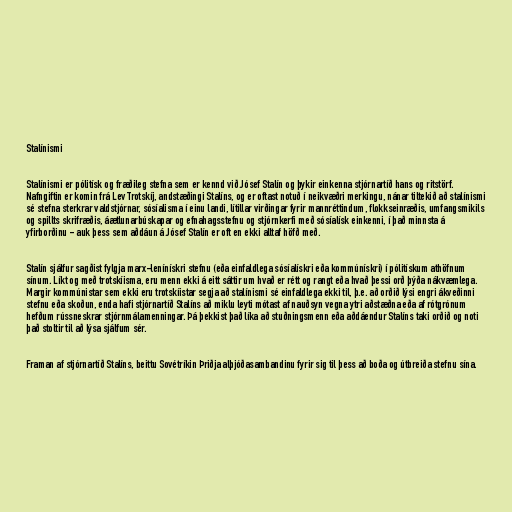
Stalínismi

Stalínismi er pólitísk og fræðileg stefna sem er kennd við Jósef Stalín og þykir einkenna stjórnartíð hans og ritstörf.
Nafngiftin er komin frá Lev Trotskíj, andstæðingi Stalíns, og er oftast notuð í neikvæðri merkingu, nánar tiltekið að stalínismi
sé stefna sterkrar valdstjórnar, sósíalisma í einu landi, lítillar virðingar fyrir mannréttindum, flokkseinræðis, umfangsmikils
og spillts skrifræðis, áætlunarbúskapar og efnahagsstefnu og stjórnkerfi með sósíalísk einkenni, í það minnsta á
yfirborðinu - auk þess sem aðdáun á Jósef Stalín er oft en ekki alltaf höfð með.

Stalín sjálfur sagðist fylgja marx-lenínískri stefnu (eða einfaldlega sósíalískri eða kommúnískri) í pólitískum athöfnum
sínum. Líkt og með trotskíisma, eru menn ekki á eitt sáttir um hvað er rétt og rangt eða hvað þessi orð þýða nákvæmlega.
Margir kommúnistar sem ekki eru trotskíistar segja að stalínismi sé einfaldlega ekki til, þ.e. að orðið lýsi engri ákveðinni
stefnu eða skoðun, enda hafi stjórnartíð Stalíns að miklu leyti mótast af nauðsyn vegna ytri aðstæðna eða af rótgrónum
hefðum rússneskrar stjórnmálamenningar. Þá þekkist það líka að stuðningsmenn eða aðdáendur Stalíns taki orðið og noti
það stoltir til að lýsa sjálfum sér.

Framan af stjórnartíð Stalíns, beittu Sovétríkin Þriðja alþjóðasambandinu fyrir sig til þess að boða og útbreiða stefnu sína.